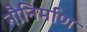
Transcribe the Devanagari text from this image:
नौनिर्माण